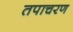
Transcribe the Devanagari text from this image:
तपाचरण